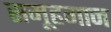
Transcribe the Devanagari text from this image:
समूहगान